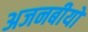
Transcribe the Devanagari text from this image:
अजनबीयों